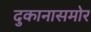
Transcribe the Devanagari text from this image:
दुकानासमोर